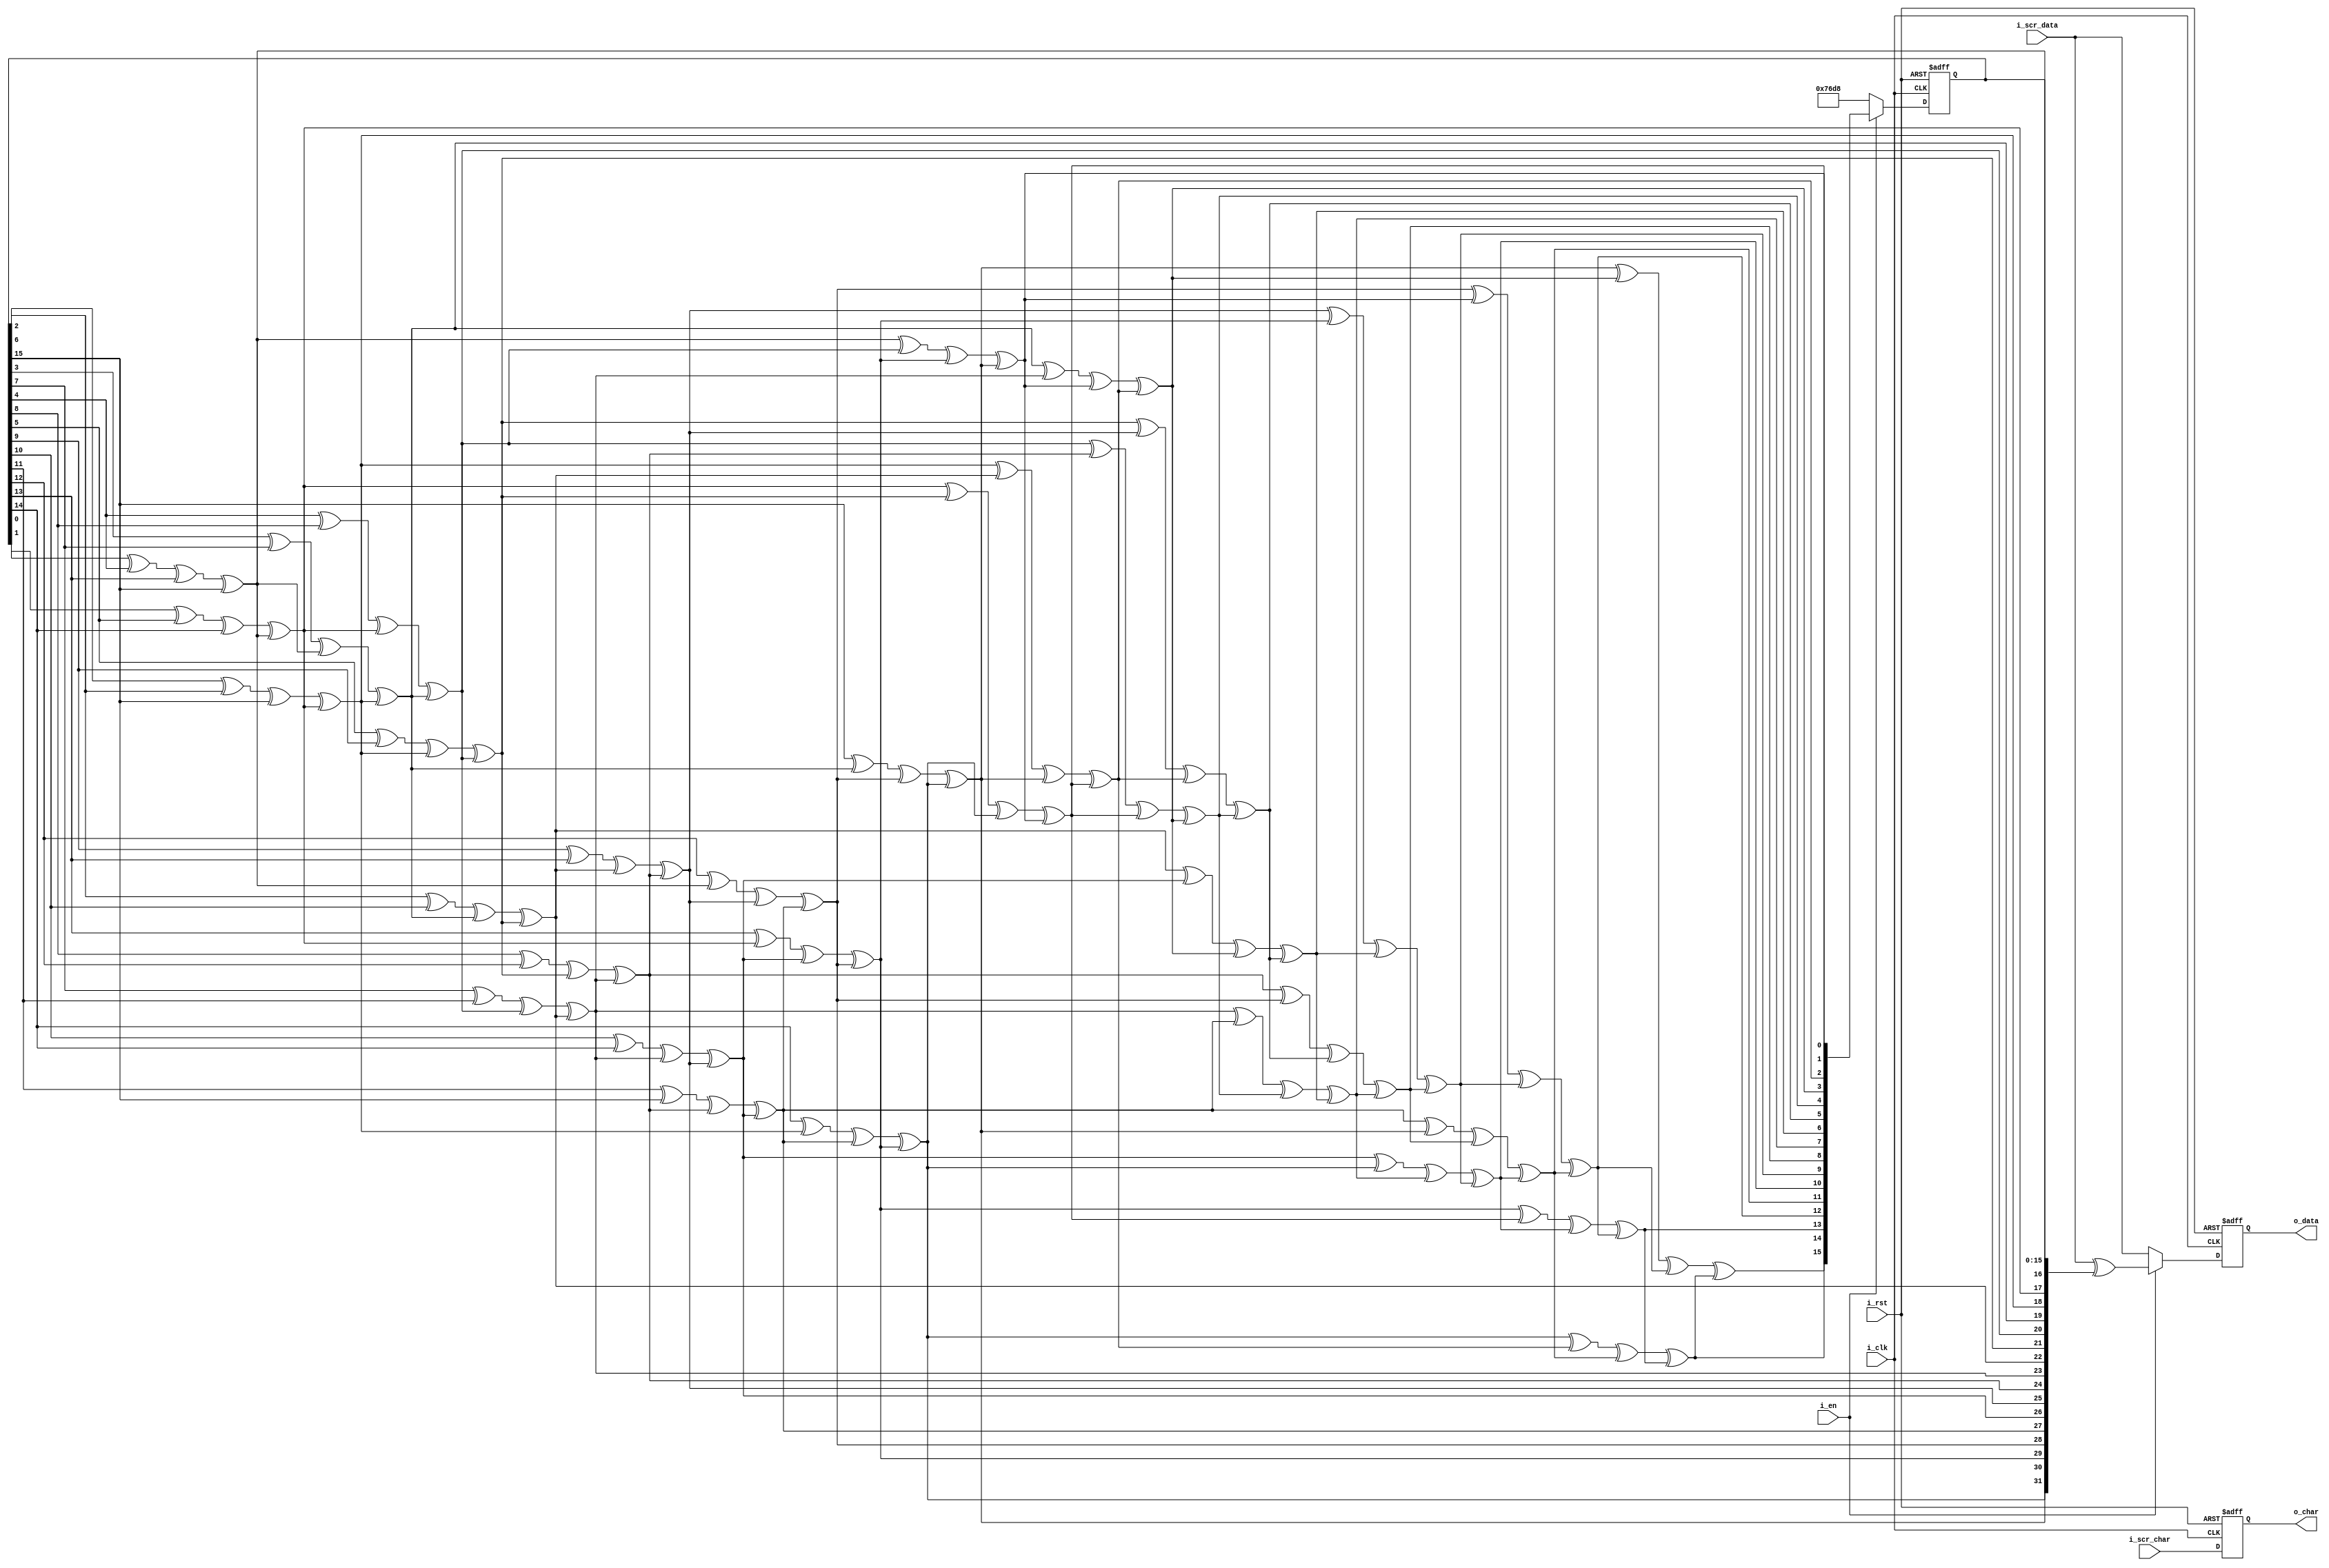
    `timescale 1ns / 1ps
    //////////////////////////////////////////////////////////////////////////////////
    // Company: 
    // Engineer: 
    // 
    // Design Name: 
    // Module Name: Data_Descrambler
    // Project Name: 
    // Target Devices: 
    // Tool Versions: 
    // Description: 
    // 
    // Dependencies: 
    // 
    // Revision:
    // Revision 0.01 - File Created
    // Additional Comments:
    // 
    //////////////////////////////////////////////////////////////////////////////////


    module Data_Descrambler#(
        parameter           P_INIT_VALID = 16'h76d8     
    )(
        input               i_clk                       ,
        input               i_rst                       ,
        input               i_en                        ,
        input  [31:0]       i_scr_data                  ,
        input  [3 :0]       i_scr_char                  ,
        output [31:0]       o_data                      ,
        output [3 :0]       o_char                      
    );

    reg  [31:0]             ro_data                     ;
    reg  [3 :0]             ro_char                     ;
    reg  [15:0]             r_seed                      ;
     
    wire [47:0]             w_seed_next                 ;    
    wire [31:0]             w_seed_xor                  ;
    wire [15:0]             w_lfsr                      ;



    assign o_data               = ro_data               ;
    assign o_char               = ro_char               ;


    assign w_seed_next[15:0] = r_seed;
    genvar i;
    generate 
        for(i = 0;i < 32 ;i = i + 1)
        begin
            assign w_seed_next[16 + i]           = w_seed_next[i + (16 - 16)] ^ w_seed_next[i + (16 - 12)] ^ w_seed_next[i + (16 - 3)] ^ w_seed_next[i + (16 - 1)];  
        end
    endgenerate
    assign w_seed_xor   = w_seed_next[31:0];
    assign w_lfsr       = w_seed_next[47:32];

        
    
    always@(posedge i_clk,posedge i_rst)
    begin
        if(i_rst)
            r_seed <= P_INIT_VALID;
        else if(i_en)
            r_seed <= w_lfsr[15:0];
        else 
            r_seed <= P_INIT_VALID;
    end

    always@(posedge i_clk,posedge i_rst)
    begin
        if(i_rst)
            ro_data <= 'd0;
        else if(i_en)
            ro_data <= i_scr_data^w_seed_xor;
        else 
            ro_data <= i_scr_data;
    end

    always@(posedge i_clk,posedge i_rst)
    begin
        if(i_rst)
            ro_char <= 'd0;
        else if(i_en)
            ro_char <= i_scr_char;
        else 
            ro_char <= i_scr_char;
    end

    endmodule